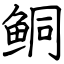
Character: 鲖